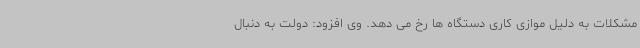
مشکلات به دلیل موازی کاری دستگاه ها رخ می دهد. وی افزود: دولت به دنبال